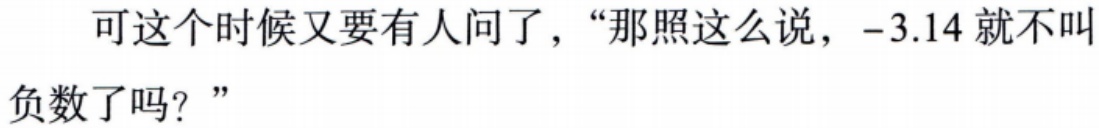
可这个时候又要有人问了，“那照这么说，$-3.14$就不叫负数了吗？”